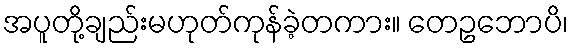
အပူတို့ချည်းမဟုတ်ကုန်ခဲ့တကား။ တေဥဘောပိ၊